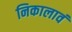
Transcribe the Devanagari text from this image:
निकालावं